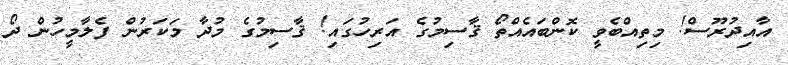
އާއިދުރޫސް! މިތިއްބެވީ ކޮންބައެއްތޯ ޤާސިމުގެ އަރިހުގައި! ޤާސިމުގެ މުދާ މަކަރުން ފެލާމީހުން ދޯ